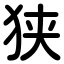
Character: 狭